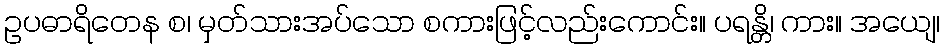
ဥပဓာရိတေန စ၊ မှတ်သားအပ်သော စကားဖြင့်လည်းကောင်း။ ပရန္တိ၊ ကား။ အယျေ၊